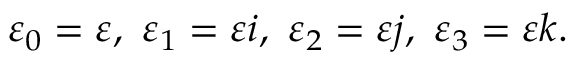
\varepsilon _ { 0 } = \varepsilon , \ \varepsilon _ { 1 } = \varepsilon i , \ \varepsilon _ { 2 } = \varepsilon j , \ \varepsilon _ { 3 } = \varepsilon k .